Investigations on Bengal jail dietaries - Number 37
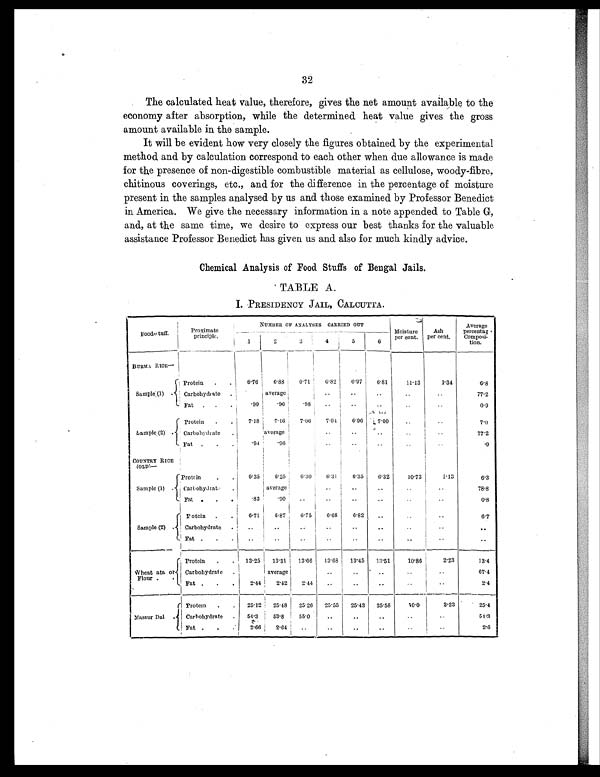
32
The calculated heat value, therefore, gives the net amount available to the
economy after absorption, while the determined heat value gives the gross
amount available in the sample.
It will be evident how very closely the figures obtained by the experimental
method and by calculation correspond to each other when due allowance is made
for the presence of non-digestible combustible material as cellulose, woody-fibre,
chitinous coverings, etc., and for the difference in the percentage of moisture
present in the samples analysed by us and those examined by Professor Benedict
in America. We give the necessary information in a note appended to Table G,
and, at the same time, we desire to express our best thanks for the valuable
assistance Professor Benedict has given us and also for much kindly advice.
Chemical Analysis of Food Stuffs of Bengal Jails.
TABLE A.
I. PRESIDENCY JAIL, CALCUTTA.
Food-stuff.
Proximate
principle.
NUMBER OF ANALYSES CARRIED OUT
Moisture
per cent.
Ash
per cent.
Average
percentag
Composi-
tion.
1
2
3
4
5
6
BURMA RICE —
Sample (1)
. Protein
.
.
6.76
6.88
6.71
6 . 8 2
6 . 9 7
6.81
11.13
1 . 3 4
6.8
Carbohydrate .
average
. .
..
..
..
. .
77.2
Fat .
.
.
. 9 9
. 9 6
.98
. .
..
..
..
. .
0.9
Sample (2) .
Protein
.
.
7.18
7.16
7.06
7.04
6.96
7.00
. .
..
7.0
Carbohydrate
.
average
..
..
. .
. . ..
77.2
Fat .
.
.
. 9 4 .96
..
..
..
..
..
.9
COUNTRY RICE
( O L D ) —
Sample (1)
. Protein
.
.
6.35
6.25
6. 30
6.31
6.35
6.32
10.73
1.13
6.3
Carbohydrate
.
average
..
..
..
..
. .
78.8
Fat .
.
.
. 8 3 .90
..
. .
. .
. .
. . . .
0.8
Sample (2) .
Potein .
.
6 71
6.87
6. 75
6 . 6 8
6.82
. .
..
. .
6.7
Carbohydrate .
..
..
..
..
..
..
..
. .
. .
Fat .
.
.
..
. .
. .
. .
. .
. .
..
. .
. .
Wheat ata or
Flour . .
Protein
.
.
13.25
13.31
13.66
13.68
13.45
13.51
10.86
2.23
13.4
Carbohydrate .
average
..
. .
. .
..
..
67.4
Fat .
.
.
2.44
2.42
2.44
..
..
..
..
..
2.4
Massur Dal
. Protein .
.
25.12
25.48
25.26
25.55
25.43
25.58
10.0
3.23
25.4
Carbohydrate
.
54.3
53.8
55.0
..
. . ..
..
..
54.3
Fat .
.
.
2.66
2.64
..
..
..
.. ..
..
2.6